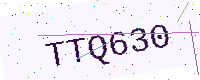
Text: TTQ630